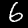
Label: 6